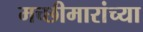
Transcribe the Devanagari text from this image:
मच्छीमारांच्या